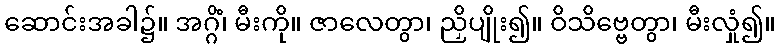
ဆောင်းအခါ၌။ အဂ္ဂိံ၊ မီးကို။ ဇာလေတွာ၊ ညှိပျိုး၍။ ဝိသိဗ္ဗေတွာ၊ မီးလှုံ၍။